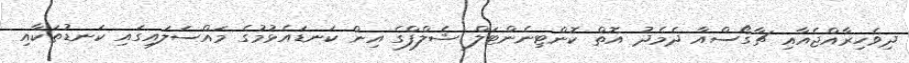
ދިވެހިރާއްޖެއާއި ޗާގޯސްއާ ދެމެދު އޮތް ކޮންޓިނެންޓަލް ޝެލްފްގެ އިން ކަނޑައެޅުމުގެ މައްސަލައިގައި ކަނޑުތަކާއި